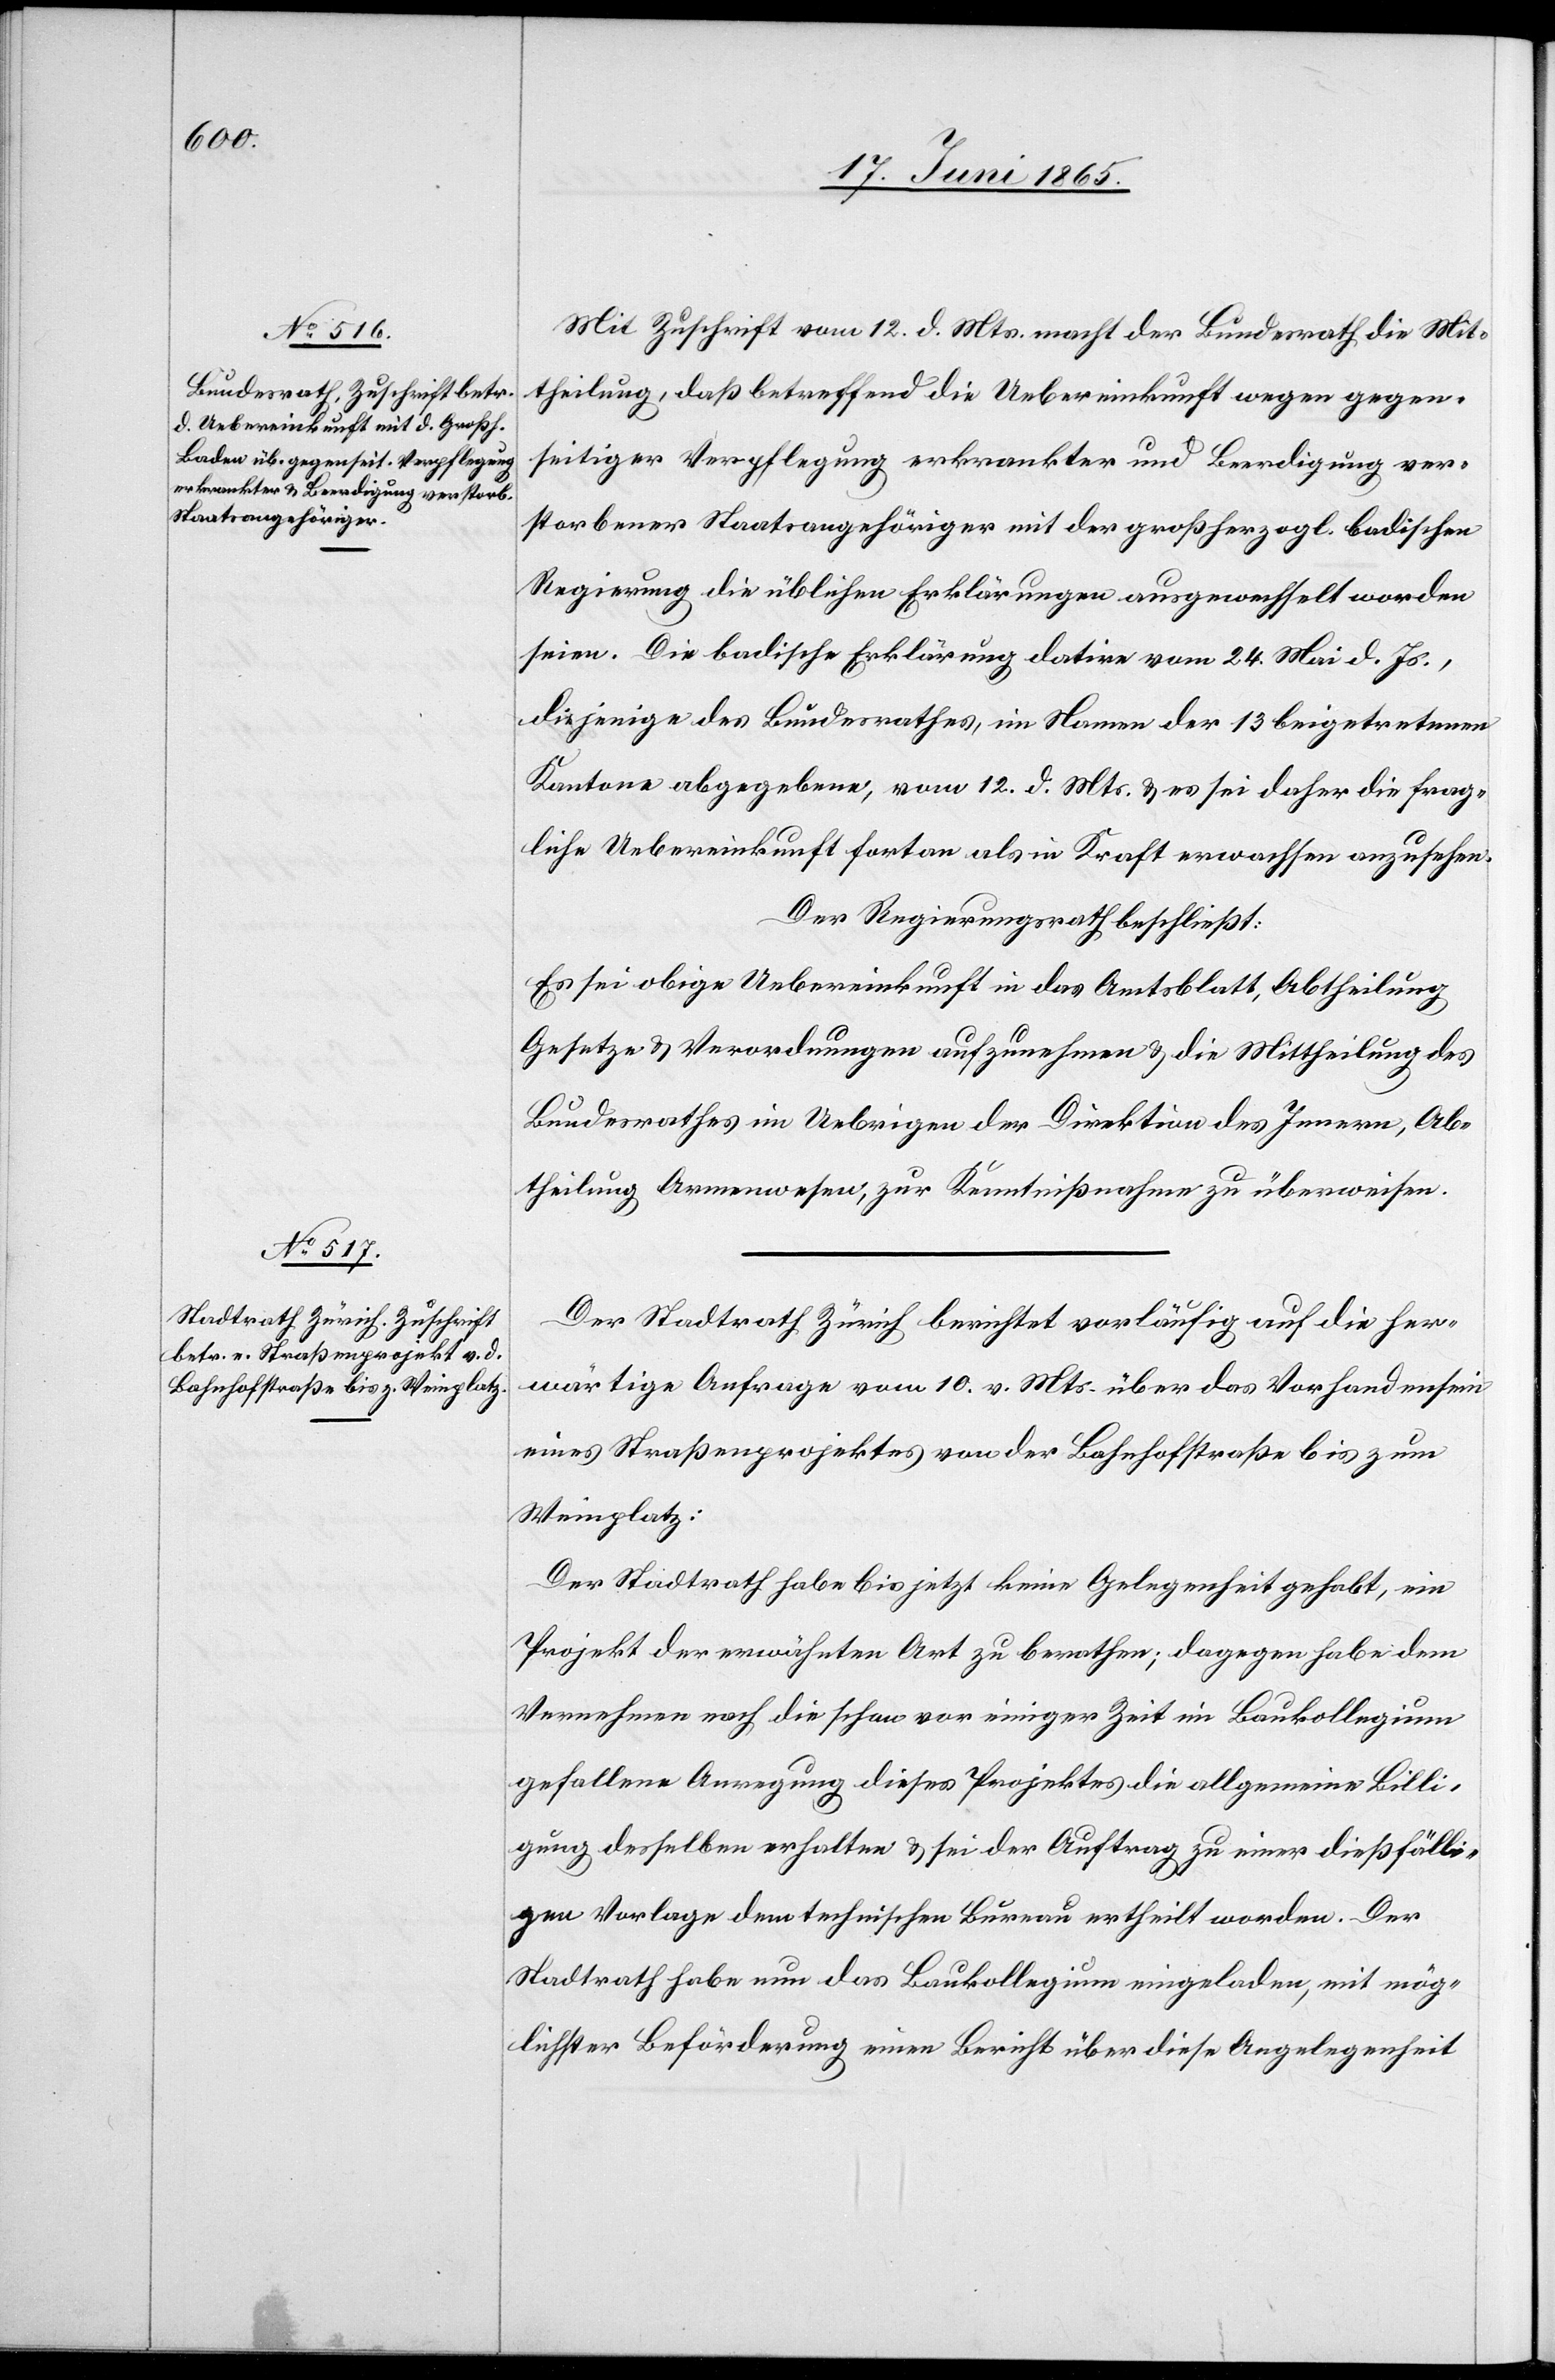
Mit Zuschrift vom 12. d. Mts. macht der Bundesrath die Mit¬
theilung, daß betreffend die Uebereinkunft wegen gegen¬
seitiger Verpflegung erkrankter und Beerdigung ver¬
storbener Staatsangehöriger mit der großherzogl. badischen
Regierung die üblichen Erklärungen ausgewechselt worden
seien. Die badische Erklärung datire vom 24. Mai d. Js.,
diejenige des Bundesrathes, im Namen der 13 beigetretenen
Kantone abgegebene, vom 12. d. Mts. & es sei daher die frag¬
liche Uebereinkunft fortan als in Kraft erwachsen anzusehen.
Der Regierungsrath beschließt:
Es sei obige Uebereinkunft in das Amtsblatt, Abtheilung
Gesetze & Verordnungen aufzunehmen & die Mittheilung des
Bundesrathes im Uebrigen der Direktion des Innern, Ab¬
theilung Armenwesen, zur Kenntnißnahme zu überweisen.
Der Stadtrath Zürich berichtet vorläufig auf die her¬
wärtige Anfrage vom 10. v. Mts. über das Vorhandensein
eines Straßenprojektes von der Bahnhofstraße bis zum
Weinplatz:
Der Stadtrath habe bis jetzt keine Gelegenheit gehabt, ein
Projekt der erwähnten Art zu berathen; dagegen habe dem
Vernehmen nach die schon vor einiger Zeit im Baukollegium
gefallene Anregung dieses Projektes die allgemeine Billi¬
gung desselben erhalten & sei der Auftrag zu einer dießfälli¬
gen Vorlage dem technischen Bureau ertheilt worden. Der
Stadtrath habe nun das Baukollegium eingeladen, mit mög¬
lichster Beförderung einen Bericht über diese Angelegenheit